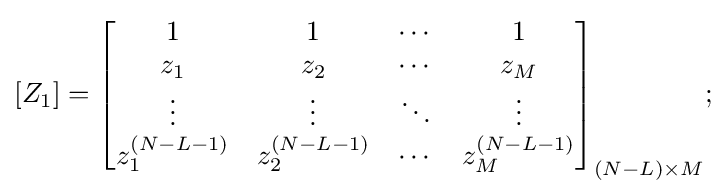
[Z_{1}]={\begin{bmatrix}1&1&\cdots &1\\z_{1}&z_{2}&\cdots &z_{M}\\\vdots &\vdots &\ddots &\vdots \\z_{1}^{(N-L-1)}&z_{2}^{(N-L-1)}&\cdots &z_{M}^{(N-L-1)}\end{bmatrix}}_{(N-L)\times M};